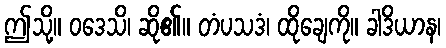
ဤသို့။ ဝဒေသိ၊ ဆို၏။ တံပသဒံ၊ ထိုချေကို။ ခါဒိယာန၊